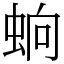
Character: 䖮